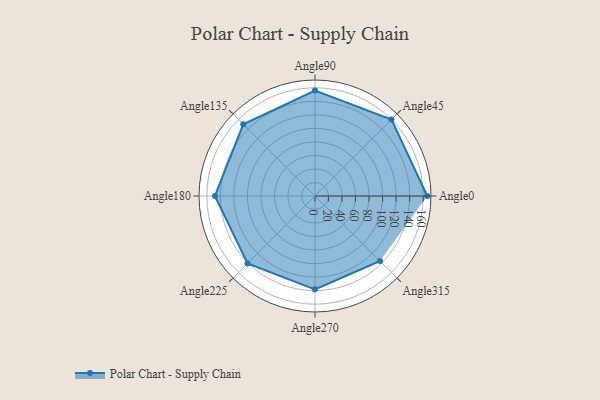
{"axis": {"x": "Angle", "y": "Radius"}, "legend": [""], "data": [{"x": "Angle0", "y": 166.0, "type": ""}, {"x": "Angle45", "y": 160.0, "type": ""}, {"x": "Angle90", "y": 156.0, "type": ""}, {"x": "Angle135", "y": 150.0, "type": ""}, {"x": "Angle180", "y": 148.0, "type": ""}, {"x": "Angle225", "y": 141.0, "type": ""}, {"x": "Angle270", "y": 138.0, "type": ""}, {"x": "Angle315", "y": 136.0, "type": ""}]}